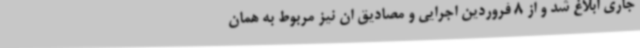
جاری ابلاغ شد و از 8 فروردین اجرایی و مصادیق ان نیز مربوط به همان